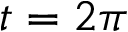
t = 2 \pi